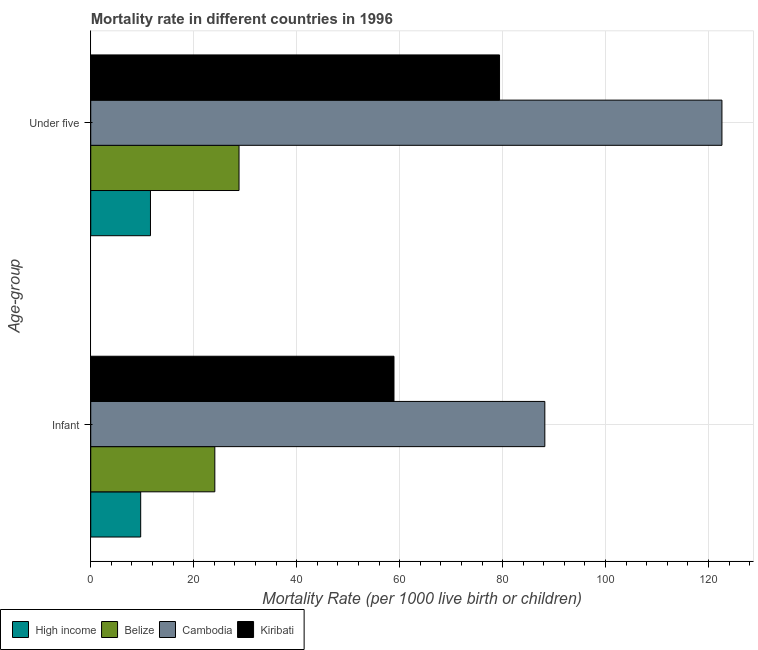
| Age-group | High income | Belize | Cambodia | Kiribati |
 | --- | --- | --- | --- | --- |
 | Infant | 9.7 | 24.1 | 88.2 | 58.9 |
 | Under five | 11.6 | 28.8 | 123 | 79.4 |